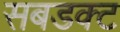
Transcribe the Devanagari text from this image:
सबडक्ट